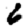
Digit: 6